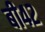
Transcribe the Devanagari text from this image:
बी४२